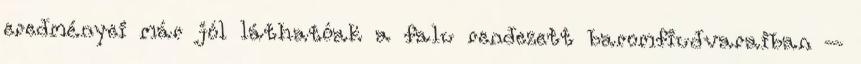
eredményei már jól láthatóak a falu rendezett baromfiudvaraiban –